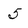
Character: 5